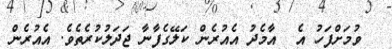
ވުމަށްފަހު އެ  އާމެދު އެއުރެން ކަލޭގެފާނާ ޖަދަލުކުރެތެވެ. އެއުރެން